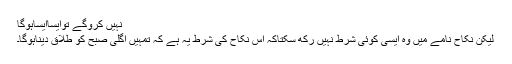
نہیں کروگے توایساایساہوگا
لیکن نکاح نامے میں وہ ایسی کوئی شرط نہیں رکھ سکتاکہ اس نکاح کی شرط یہ ہے کہ تمہیں اگلی صبح کو طلاق دیناہوگا۔